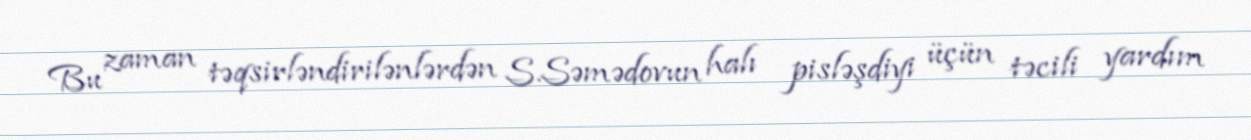
Bu zaman təqsirləndirilənlərdən S.Səmədovun halı pisləşdiyi üçün təcili yardım